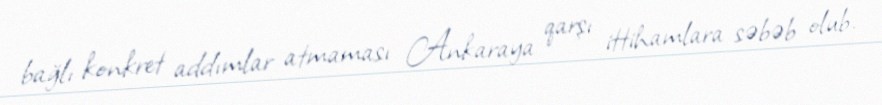
bağlı konkret addımlar atmaması Ankaraya qarşı ittihamlara səbəb olub.